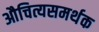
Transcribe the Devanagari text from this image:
औचित्यसमर्थक